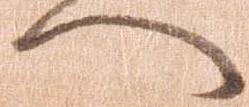
へ